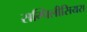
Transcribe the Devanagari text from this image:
सम्पिलीसियस